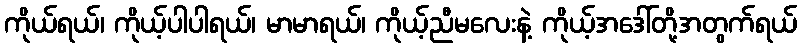
ကိုယ်ရယ်၊ ကိုယ့်ပါပါရယ်၊ မာမာရယ်၊ ကိုယ့်ညီမလေးနဲ့ ကိုယ့်အဒေါ်တို့အတွက်ရယ်